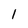
Character: 1